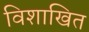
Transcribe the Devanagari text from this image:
विशाखित